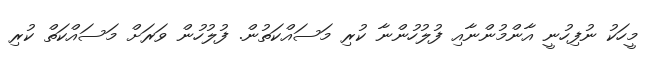
މީހަކު ނުފިހުނީ އާންމުންނާއި ފުލުހުންނާ ކުރި މަސައްކަތުން. ފުލުހުން ވަރަށް މަސައްކަތް ކުރި